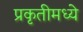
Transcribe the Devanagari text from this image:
प्रकृतीमध्येे